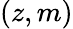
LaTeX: (z,m)